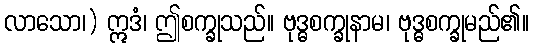
လာသော၊) ဣဒံ၊ ဤစက္ခုသည်။ ဗုဒ္ဓစက္ခုနာမ၊ ဗုဒ္ဓစက္ခုမည်၏။